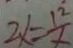
2 x = \frac { 1 2 } { x }